Annual report of the Imperial Bacteriological Laboratory, Muktesar
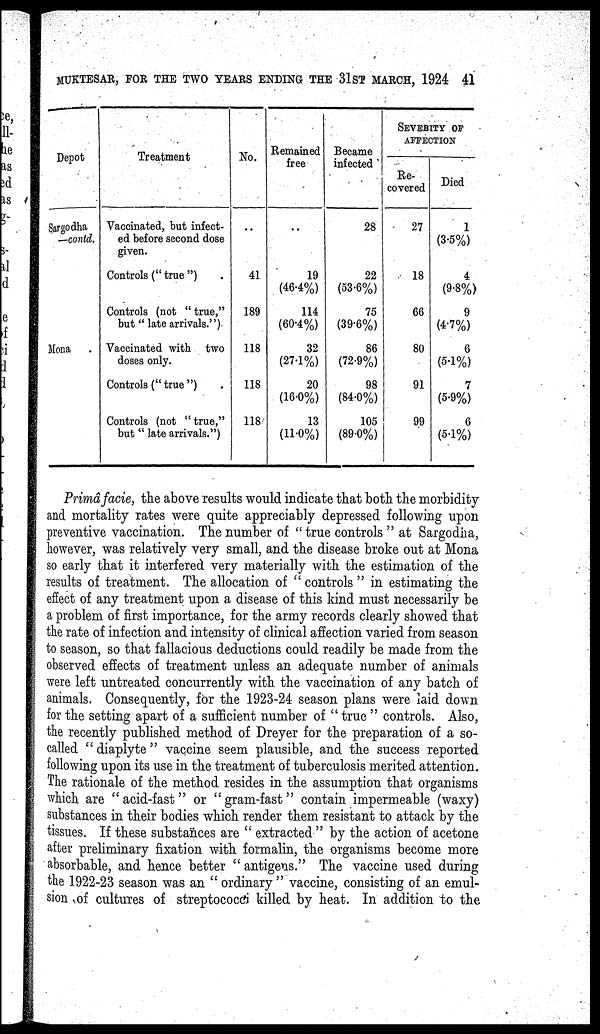
MUKTESAR, FOR THE TWO YEARS ENDING THE 31ST MARCH, 1924 41
Depot
Sargodha
-contd.
Mona
Treatment
Vaccinated, but infect-
ed before second dose
given.
Controls ("true")
Controls (not "true,"
but" late arrivals.")
Vaccinated with two
doses only.
Controls (" true ")
Controls (not " true,"
but" late arrivals.")
No.
..
41
189
118
118
118
Remained
free
..
19
(46.4%)
114
(60.4%)
32
(27.1%)
20
(16.0%)
13
(11.0%)
Became
infected
28
22
(53.6%)
75
(39.6%)
86
(72.9%)
98
(84.0%)
105
(89.0%)
SEVEBITY OF
AFFECTION
Re-
covered
27
18
66
80
91
99
Died
1
(3.5%)
4
(9.8%)
9
(4.7%)
6
(5.1%)
7
(5.9%)
6
(5.1%)
Primâ facie, the above results would indicate that both the morbidity
and mortality rates were quite appreciably depressed following upon
preventive vaccination. The number of " true controls " at Sargodha,
however, was relatively very small, and the disease broke out at Mona
so early that it interfered very materially with the estimation of the
results of treatment. The allocation of " controls " in estimating the
effect of any treatment upon a disease of this kind must necessarily be
a problem of first importance, for the army records clearly showed that
the rate of infection and intensity of clinical affection varied from season
to season, so that fallacious deductions could readily be made from the
observed effects of treatment unless an adequate number of animals
were left untreated concurrently with the vaccination of any batch of
animals. Consequently, for the 1923-24 season plans were laid down
for the setting apart of a sufficient number of " true " controls. Also,
the recently published method of Dreyer for the preparation of a so-
called "diaplyte" vaccine seem plausible, and the success reported
following upon its use in the treatment of tuberculosis merited attention.
The rationale of the method resides in the assumption that organisms
which are "acid-fast" or "gram-fast" contain impermeable (waxy)
substances in their bodies which render them resistant to attack by the
tissues. If these substances are " extracted " by the action of acetone
after preliminary fixation with formalin, the organisms become more
absorbable, and hence better " antigens." The vaccine used during
the 1922-23 season was an " ordinary " vaccine, consisting of an emul-
sion of cultures of streptococci killed by heat. In addition to the